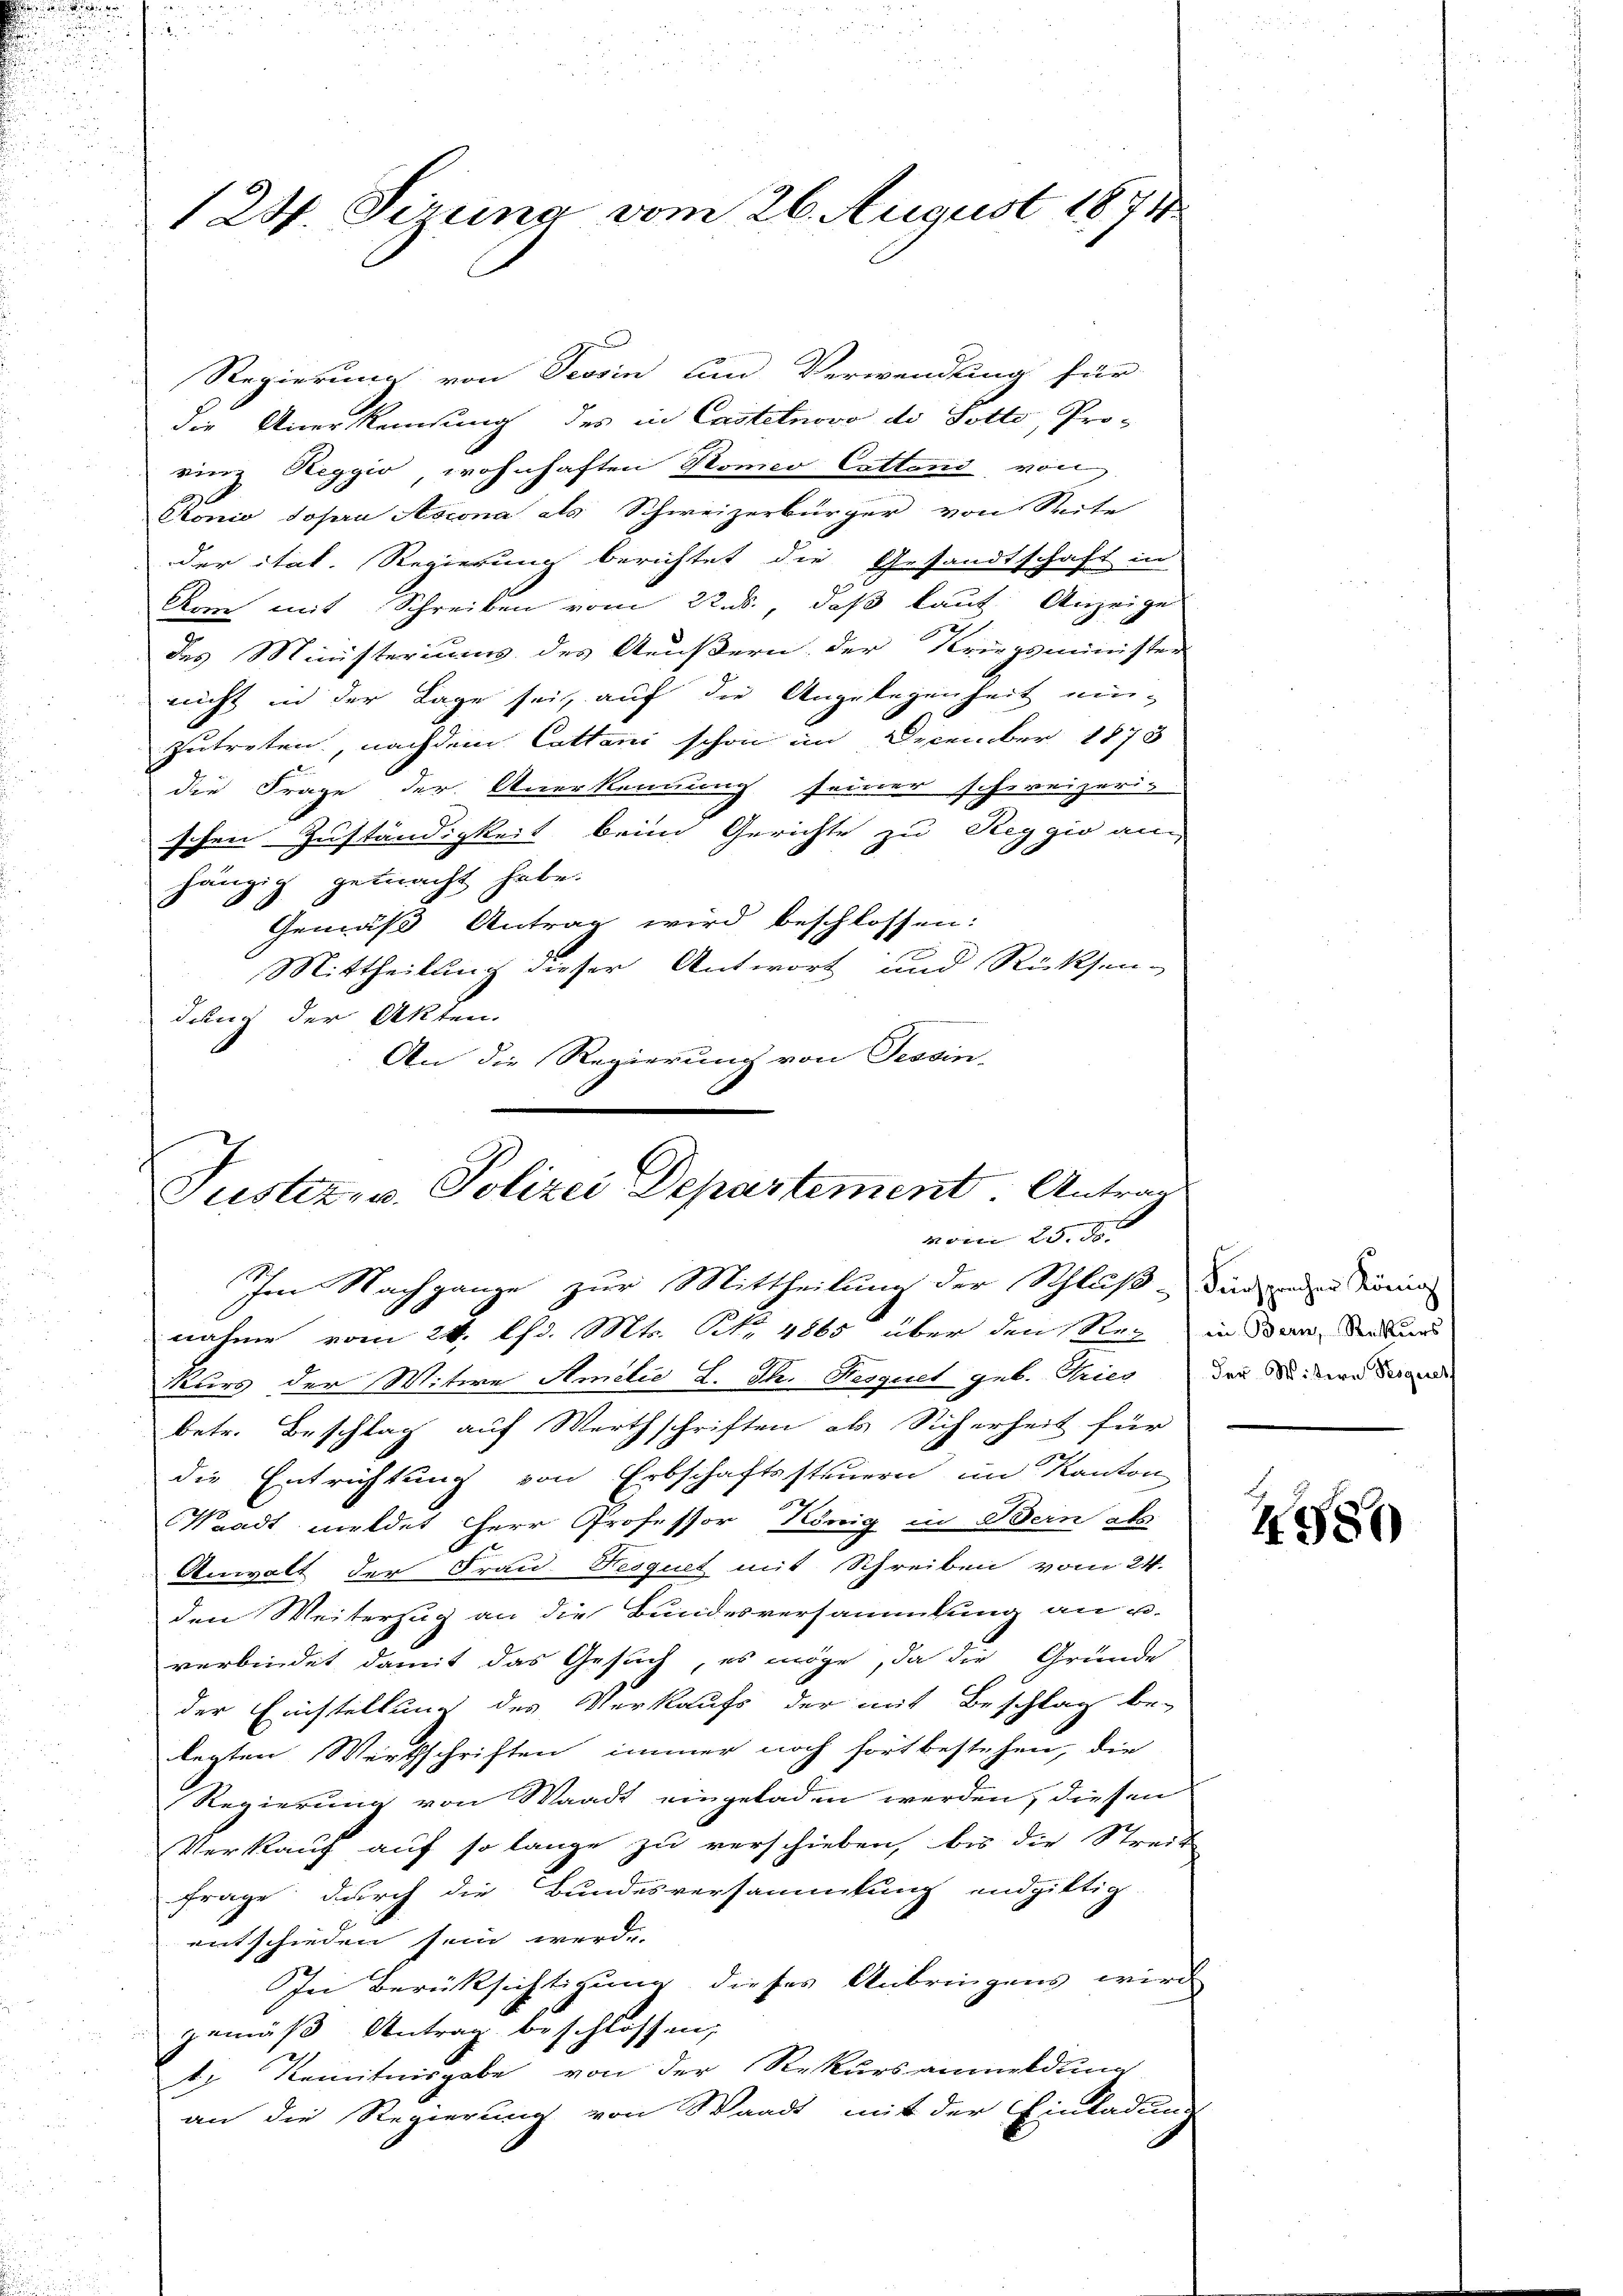
124. Sirung vom 26. August 1871

Regierung von Tessin am Verwendung für
die Anerkennung des in Castetnovo de Gotte, Pro-
rinz Reggio, wohnhaften Komeo Cattand von
Aonio sopra Aocona als Schweizerbürger von Seite
der ital. Regierung berichtet die Gesandtschaft in
Arm mit Schreiben vom 22. ds., daß laut Anzeige
des Ministeriums des Aeußern der Kriegsminister
nicht in der Lage sei, auf die Angelegenheit eizutreten, nachdem Cattani schon im December 1873
die Frage der Anerkennung seiner schweizeri-
schen Zuständigkeit beim Gerichte zu Reggio an
hängig gemacht habe.
Gemäß Antrag wird beschlossen:
Mittheilung dieser Antwort und Rücksen-
dung der Akten.
An die Regierung von Tessin-

Justiz- u. Polizei Departement. Antrag
vom 25. d.
Im Nachgange zur Mittheilung der Schluß-Sinden König

nahme vom 24. Chd. Mts. No. 4865 über den Rez in San Sekund
Kurs der Witwe Amilie L. Th. Proquet geb. Gries das Seitern Serend
betr. Beschlag auf Werthschriften als Sicherheit für
die Entrichtung von Erbschaftssteuern im Kanton
Waadt meldet Herr Professor König in Bern als
Anwalt der Frau Fesquet mit Schreiben vom 24.
den Weiterzug an die Bundesversammlung an u.
verbindet damit das Gesuch, es möge, da die Gründe
der Einstellung des Verkaufs der mit Beschlag be-
legten Wirthschriften immer noch fortbestehen, die
Regierung von Waadt eingeladen werden, diesen
Verkauf auf so lange zu verschieben, bis die Streit
Frage durch die Bundesversammlung endgiltig.
entschieden sein werde.
In Berüksichtigung dieses Anbringens wird
gemäß Antrag beschlossen,
b. Kenntnisgabe von der Rekursanmeldung
an die Regierung von Waadt mit der Einladun

4980